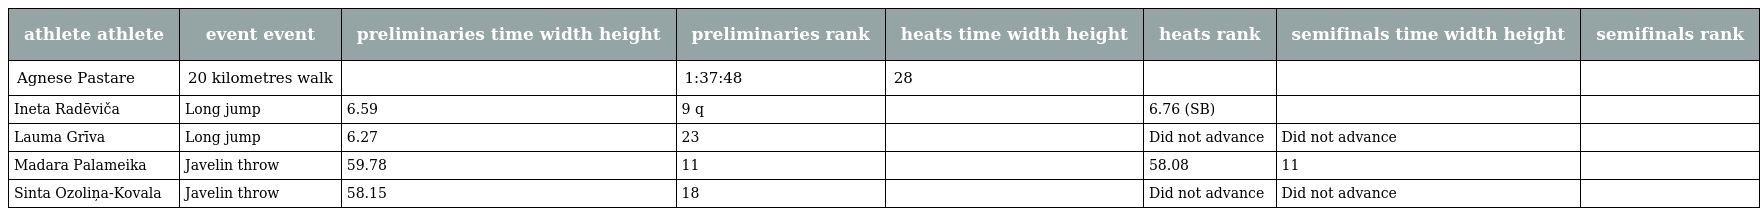
| athlete athlete | event event | preliminaries time width height | preliminaries rank | heats time width height | heats rank | semifinals time width height | semifinals rank |
 | --- | --- | --- | --- | --- | --- | --- | --- |
 | Agnese Pastare | 20 kilometres walk |  | 1:37:48 | 28 |  |  |  |
 | Ineta Radēviča | Long jump | 6.59 | 9 q |  | 6.76 (SB) |  |  |
 | Lauma Grīva | Long jump | 6.27 | 23 |  | Did not advance | Did not advance |  |
 | Madara Palameika | Javelin throw | 59.78 | 11 |  | 58.08 | 11 |  |
 | Sinta Ozoliņa-Kovala | Javelin throw | 58.15 | 18 |  | Did not advance | Did not advance |  |